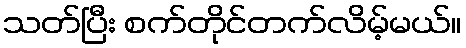
သတ်ပြီး စက်တိုင်တက်လိမ့်မယ်။